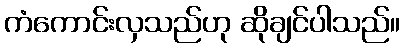
ကံကောင်းလှသည်ဟု ဆိုချင်ပါသည်။